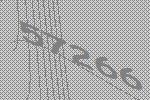
57266